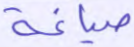
صياغة